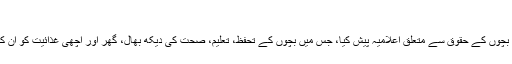
بچپن کی ضروریات
اقوام متحدہ نے 1959ء میں بچوں کے حقوق سے متعلق اعلامیہ پیش کیا، جس میں بچوں کے تحفظ، تعلیم، صحت کی دیکھ بھال، گھر اور اچھی غذائیت کو ان کے بنیادی حقوق قرار دیا گیا۔